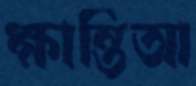
ক্ষান্তিআ